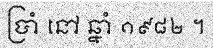
ប្រាំ នៅ ឆ្នាំ ១៩៨២ ។